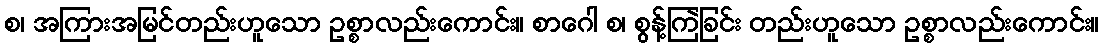
စ၊ အကြားအမြင်တည်းဟူသော ဥစ္စာလည်းကောင်း။ စာဂေါ စ၊ စွန့်ကြဲခြင်း တည်းဟူသော ဥစ္စာလည်းကောင်း။